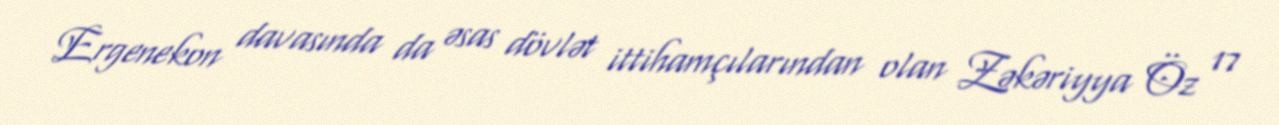
Ergenekon davasında da əsas dövlət ittihamçılarından olan Zəkəriyya Öz 17